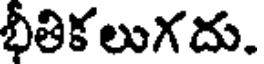
భీతికలుగదు.